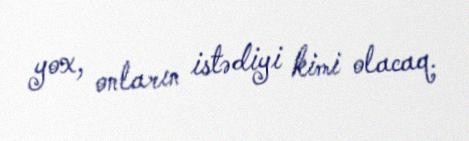
yox, onların istədiyi kimi olacaq.